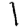
Digit: 1